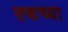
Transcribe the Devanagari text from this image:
तकच्या